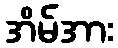
အိမ်အား